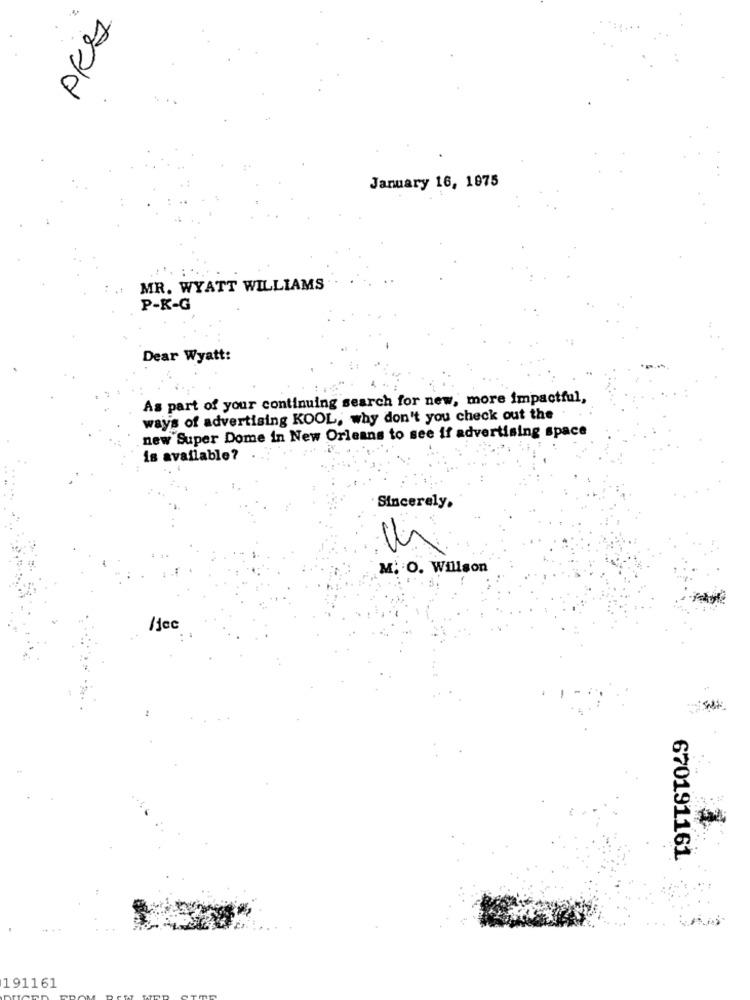
PKS
January 16, 1875
MR. WYATT WILLIAMS
P-K-G
Dear Wyatt:
As part of your continuing search for new, more impactful,
ways of advertising KOOL, why don't you check out the
new Super Dome in New Orleans to see if advertising space
is available?
Sincerely.
M. O. Willson
/jec
670191161
191161